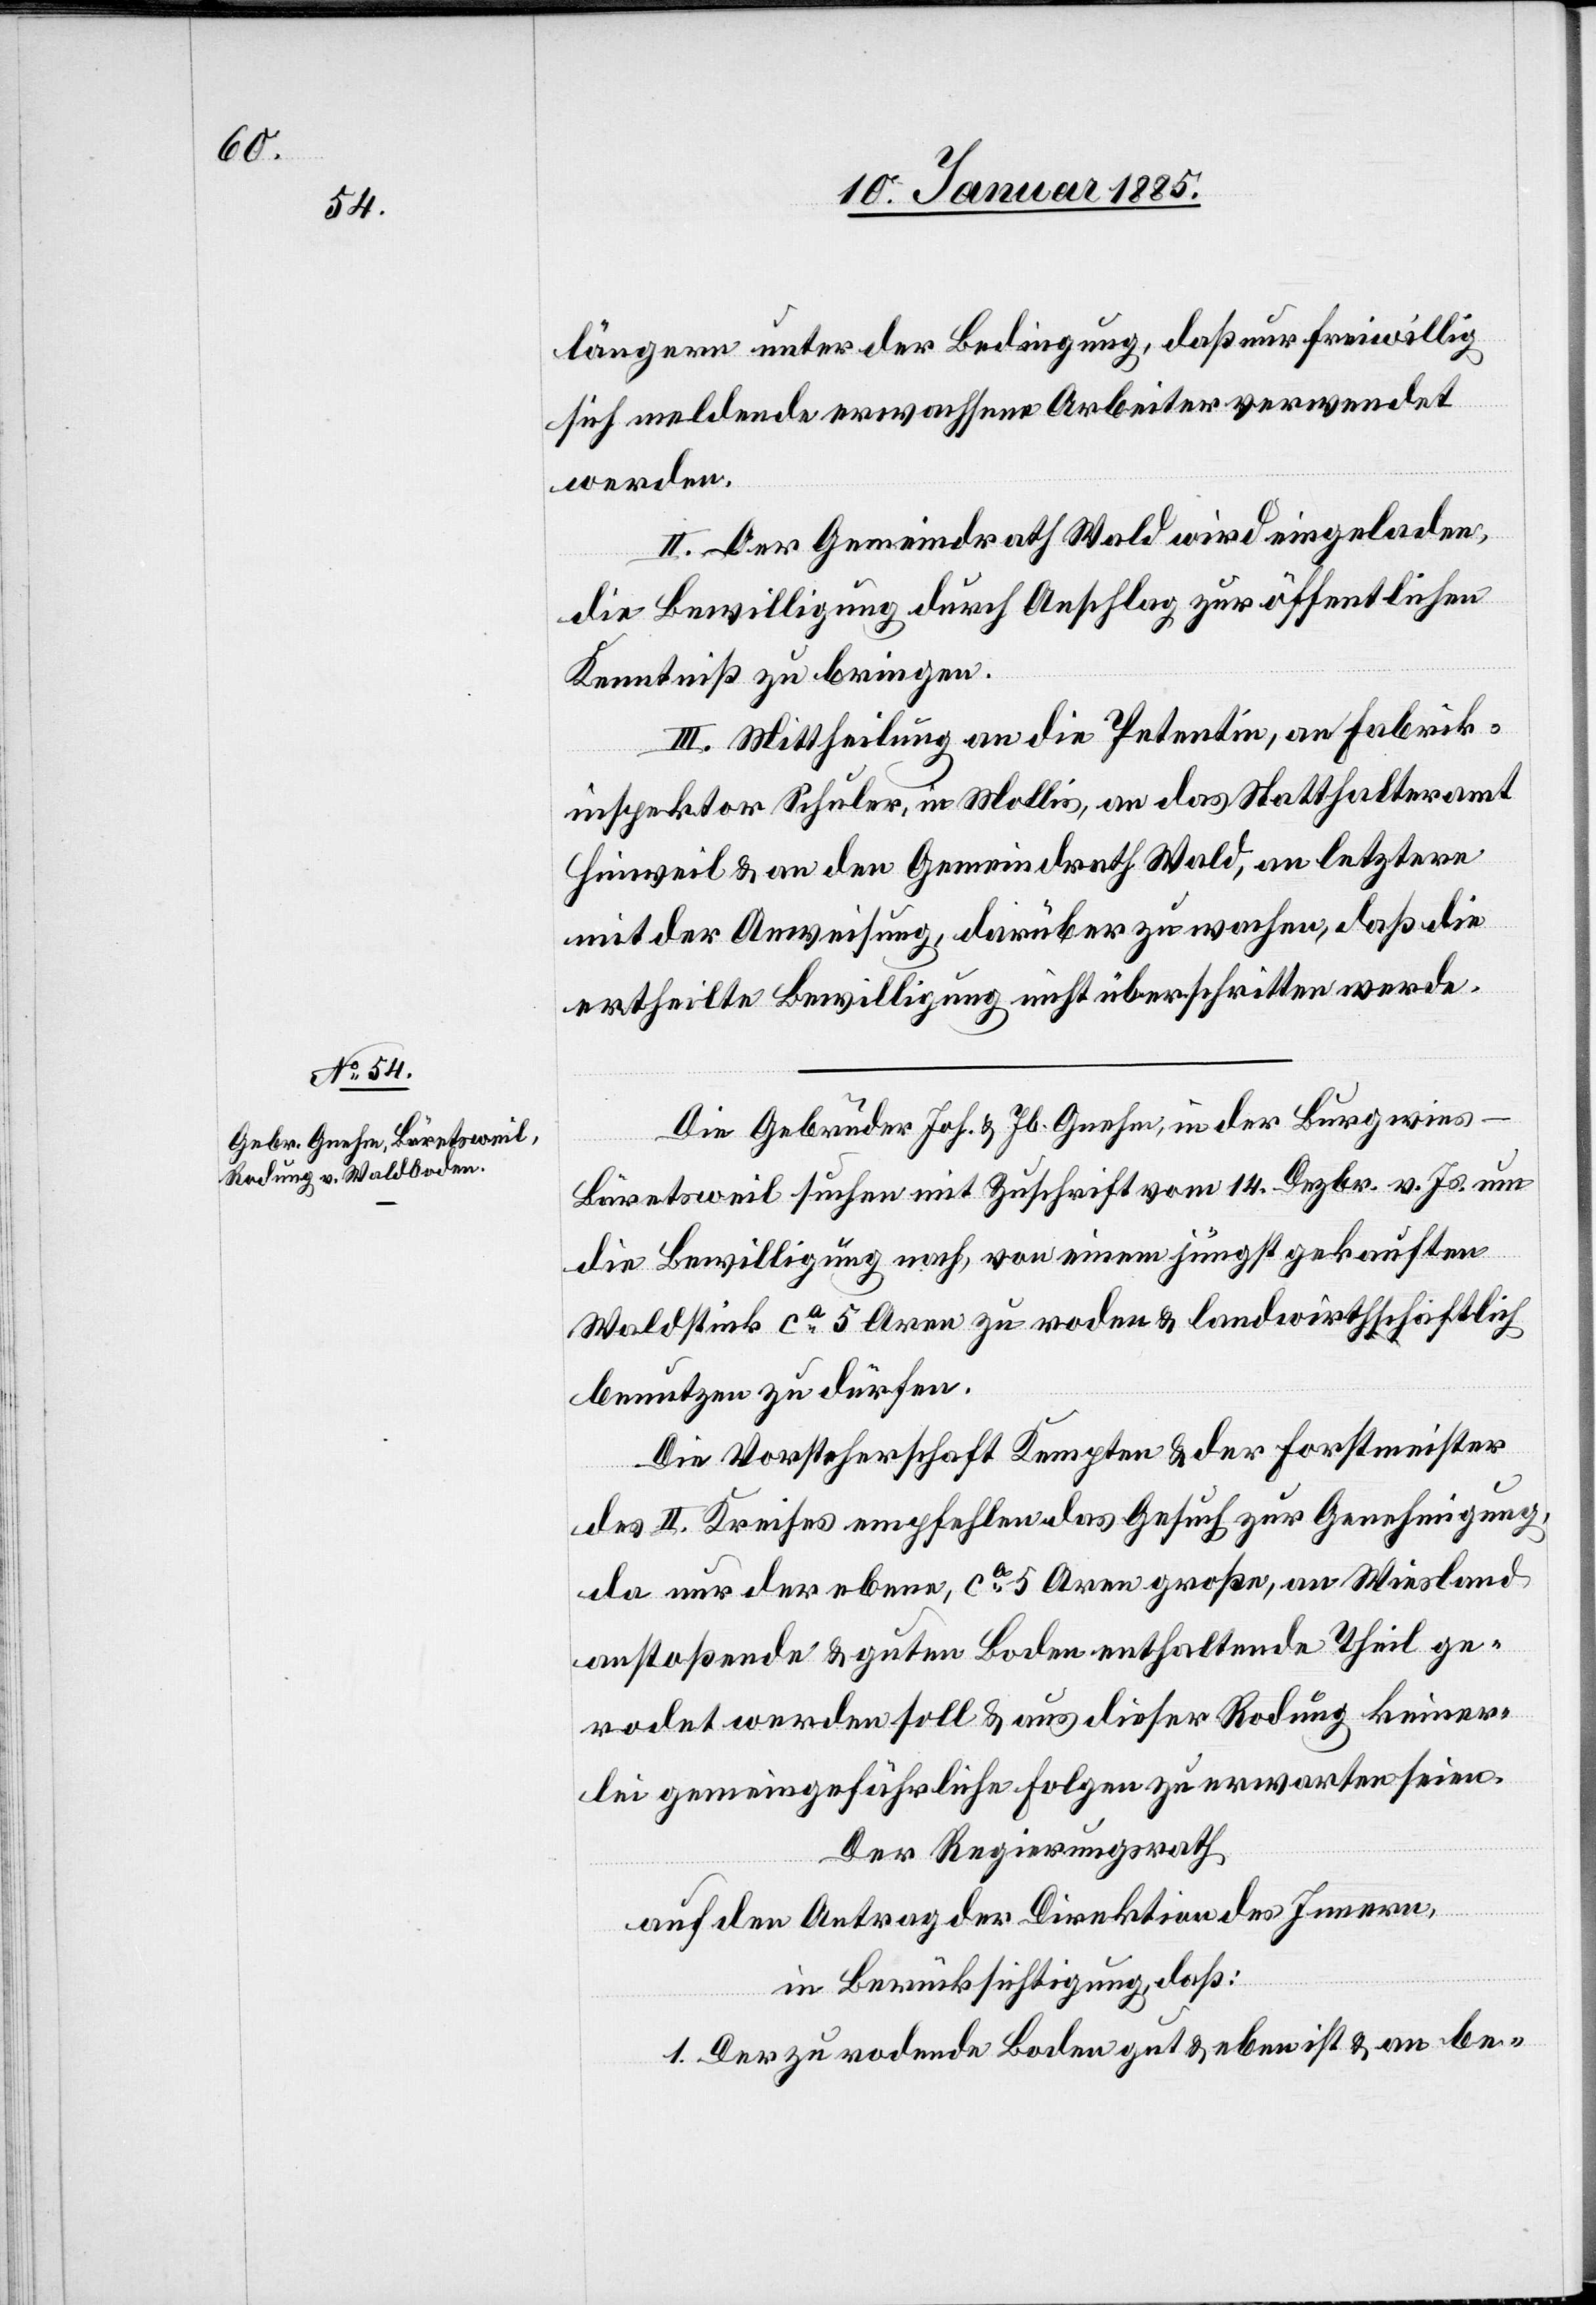
längern unter der Bedingung, daß nur freiwillig
sich meldende erwachsene Arbeiter verwendet
werden.
II. Der Gemeindrath Wald wird eingeladen,
die Bewilligung durch Anschlag zur öffentlichen
Kenntniß zu bringen.
III. Mittheilung an die Petentin, an Fabrik¬
inspektor Schuler, in Mollis, an das Statthalteramt
Hinweil & an den Gemeindrath Wald, an letztere
mit der Anweisung, darüber zu wachen, daß die
ertheilte Bewilligung nicht überschritten werde.
Die Gebrüder Joh. & Jb. Gnehm, in der Burgwies
Bäretsweil suchen mit Zuschrift vom 14. Dezbr. v. Js. um
die Bewilligung nach, von einem jüngst gekauften
Waldstück ca 5 Aren zu roden & landwirthschaftlich
benutzen zu dürfen.
Die Vorsteherschaft Kempten & der Forstmeister
des II. Kreises empfehlen das Gesuch zur Genehmigung,
da nur der eben, ca 5 Are große, an Wiesland
anstoßende & guten Boden enthaltende Theil ge¬
rodet werden soll & aus dieser Rodung keiner¬
lei gemeingefährliche Folgen zu erwarten seien.
Der Regierungsrath,
auf den Antrag der Direktion des Innern,
in Berücksichtigung, daß:
1. Der zu rodende Boden gut & eben ist & an be-